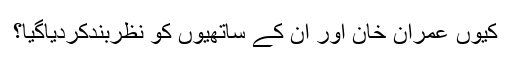
کیوں عمران خان اور اِن کے ساتھیوں کو نظربندکردیاگیا؟